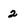
Character: 2